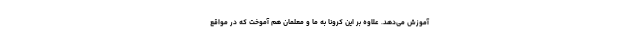
آموزش می‌دهد. علاوه بر این کرونا به ما و معلمان هم آموخت که در مواقع